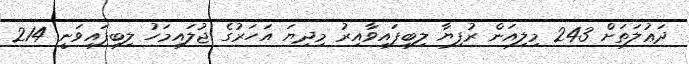
ދަޢުލަތަށް 243 މިލިއަން ރުފިޔާ ލިބިފައިވާއިރު މިދިޔަ އަހަރުގެ ޖުލައިމަހު ލިބިފައިވަނީ 214